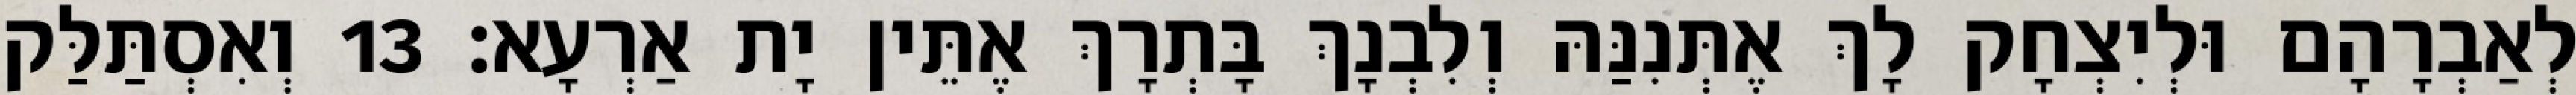
לְאַבְרָהָם וּלְיִצְחָק לָךְ אֶתְּנִנַּהּ וְלִבְנָךְ בָּתְרָךְ אֶתֵּין יָת אַרְעָא׃ 13 וְאִסְתַּלַּק